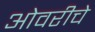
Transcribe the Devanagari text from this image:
ओवरीचे